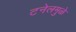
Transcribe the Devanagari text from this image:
टनेलमुळे